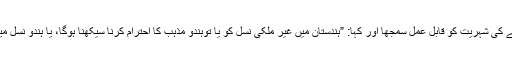
تاہم، جب انھیں احساس ہوا کہ نسل کشی کرنا آسان نہیں ہوگا، ان کے لیے دوسرے درجے کی شہریت کو قابل عمل سمجھا اور کہا: ”ہندستان میں غیر ملکی نسل کو یا توہندو مذہب کا احترام کرنا سیکھنا ہوگا، یا ہندو نسل میں ضم ہو جانا ہوگا، یا پھر ملک میں ہندو قوم کا مکمل طور پر تابع دار بن کر رہنا ہوگا۔